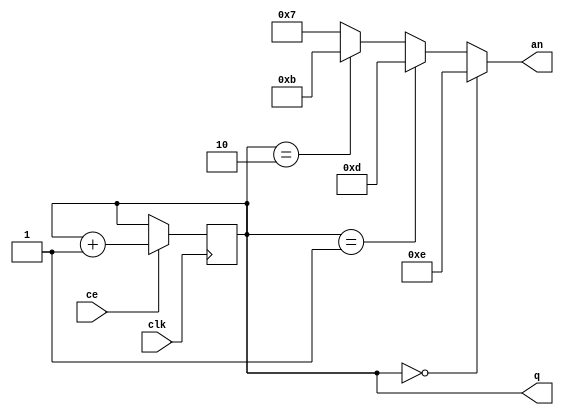
`timescale 1ns / 1ps
//////////////////////////////////////////////////////////////////////////////////
// Company: 
// Engineer: 
// 
// Design Name: 
// Module Name:    Gen4an 
// Project Name: 
// Target Devices: 
// Tool versions: 
// Description: 
//
// Dependencies: 
//
// Revision: 
// Revision 0.01 - File Created
// Additional Comments: 
//
//////////////////////////////////////////////////////////////////////////////////

module Gen4an (input clk, output reg [1:0] q = 0, //  
               input ce,  output wire [3:0] an);
assign an = (q == 0) ? 4'b1110 : //  0 ()
            (q == 1) ? 4'b1101 : //  1
            (q == 2) ? 4'b1011 : //  2
                       4'b0111 ; //  3 ()
always @ (posedge clk) if (ce) begin
q <= q + 1 ;
end
endmodule